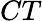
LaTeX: CT